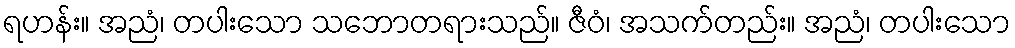
ရဟန်း။ အညံ၊ တပါးသော သဘောတရားသည်။ ဇီဝံ၊ အသက်တည်း။ အညံ၊ တပါးသော